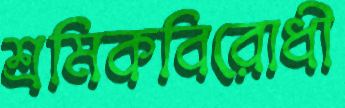
শ্রমিকবিরোধী